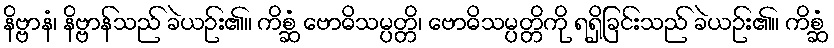
နိဗ္ဗာနံ၊ နိဗ္ဗာန်သည် ခဲယဉ်း၏။ ကိစ္ဆံ ဗောဓိသမ္ပတ္တိ၊ ဗောဓိသမ္ပတ္တိကို ရရှိခြင်းသည် ခဲယဉ်း၏။ ကိစ္ဆံ